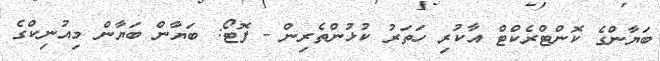
ބަޔާންގެ ކޮންޓްރެކްޓް އާކުރި ހަތަރު ކުޅުންތެރިން - ފޮޓޯ: ބަޔާން ބަޔާން މިއުނިކްގެ